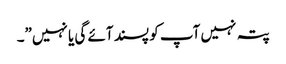
پتہ نہیں آپ کو پسند آئے گی یا نہیں”۔